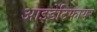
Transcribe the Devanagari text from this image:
आइडेंटिफायर